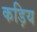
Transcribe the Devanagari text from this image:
कड़िय